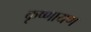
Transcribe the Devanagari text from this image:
कृष्णायण